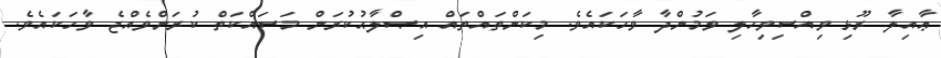
ޢާއިލާ ރޫޅި ވިއްސިވިހާލި ވަމުންދާ ވާހަކައެވެ. މިކަންތައްތައް އިޞްލާޙުކުރަން މަސައްކަތް ކުރަންވެއްޖެ ވާހަކައެވެ.